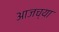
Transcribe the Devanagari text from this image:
अाजच्या